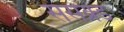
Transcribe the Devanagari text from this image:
संसक्र्ड